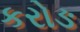
કરોઙ